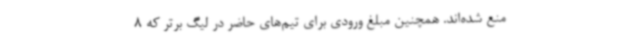
منع شده‌اند. همچنین مبلغ ورودی برای تیم‌های حاضر در لیگ برتر که 8